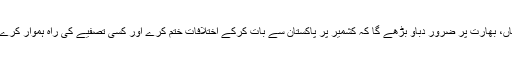
ہاں، بھارت پر ضرور دباؤ بڑھے گا کہ کشمیر پر پاکستان سے بات کرکے اختلافات ختم کرے اور کسی تصفیے کی راہ ہموار کرے۔